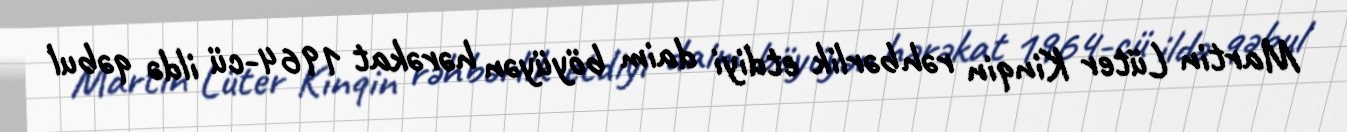
Martin Lüter Kinqin rəhbərlik etdiyi daim böyüyən hərəkat 1964-cü ildə qəbul